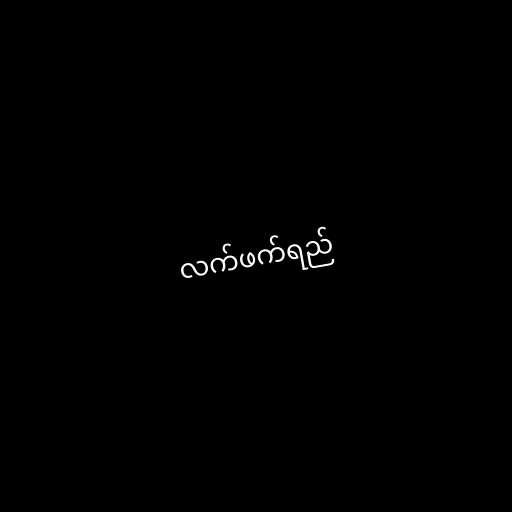
လက်ဖက်ရည်